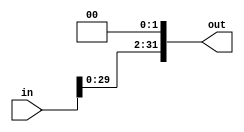
module shift_left_twice(
input wire [31:0] in,
output reg [31:0] out
);
always @(*) begin
    out= in<<2;
end
endmodule